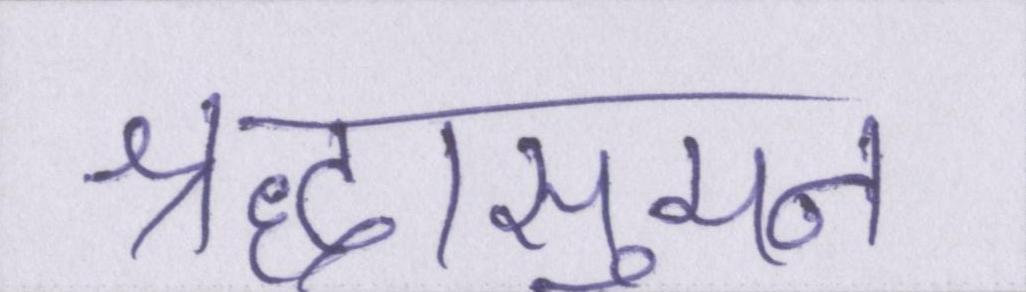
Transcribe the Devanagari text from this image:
श्रद्धासुमन